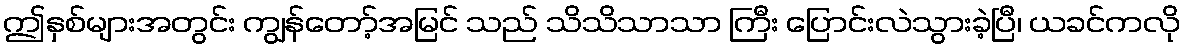
ဤနှစ်များအတွင်း ကျွန်တော့်အမြင် သည် သိသိသာသာ ကြီး ပြောင်းလဲသွားခဲ့ပြီ၊ ယခင်ကလို